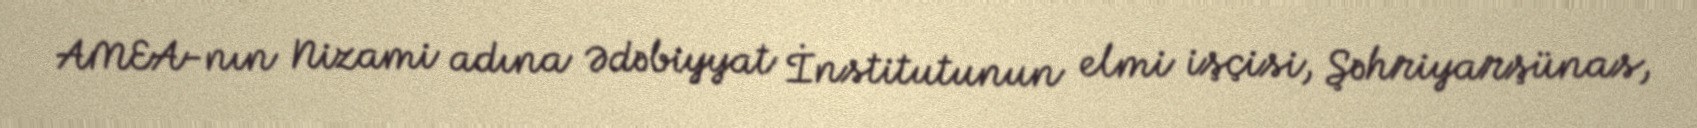
AMEA-nın Nizami adına Ədəbiyyat İnstitutunun elmi işçisi, Şəhriyarşünas,